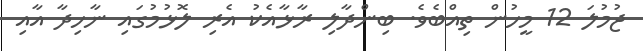
ޖުމުލަ 12 މީހުން ތިއްބެވެ. ބިންދާލި ރާޅާއެކު އެރި ލޮޅުމުގައި ނާހިދާ އާއި